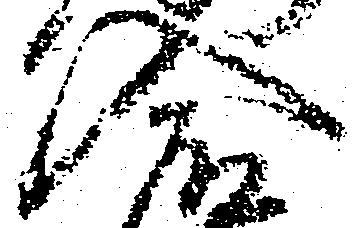
入